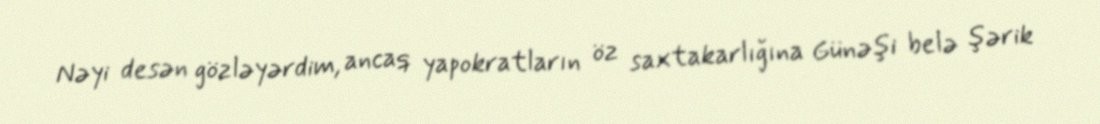
Nəyi desən gözləyərdim, ancaq yapokratların öz saxtakarlığına Günəşi belə şərik